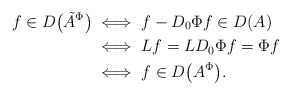
\begin{align*}f\in D\bigl(\tilde A^\Phi\bigr)&\iff f-D_0\Phi f\in D(A)\\&\iff Lf=LD_0\Phi f=\Phi f\\&\iff f\in D\bigl(A^\Phi\bigr).\end{align*}